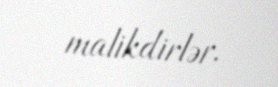
malikdirlər.